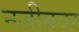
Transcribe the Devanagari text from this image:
नजीबवर